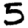
Digit: 5